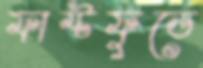
ফাস্টফুডে